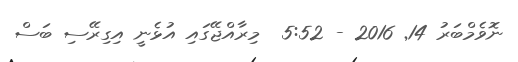
ނޮވެމްބަރު 14